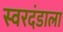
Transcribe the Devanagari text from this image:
स्वरदंडाला